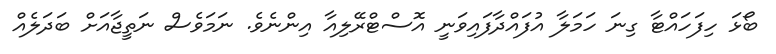
ބޯޅަ ހިފަހައްޓާ ގިނަ ހަމަލާ އުފައްދާފައިވަނީ އޮސްޓްރޭލިއާ އިންނެވެ. ނަމަވެސް ނަތީޖާއަށް ބަދަލެއް